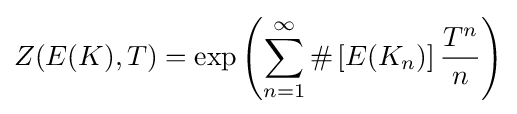
Z(E(K),T)=\exp \left(\sum _{n=1}^{\infty }\#\left[E(K_{n})\right]{T^{n} \over n}\right)